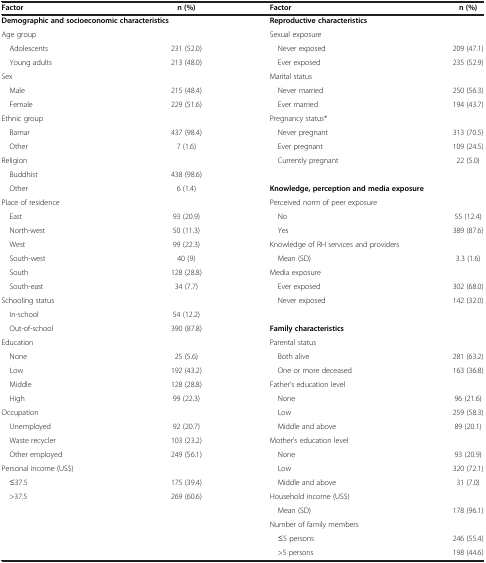
<table><thead><tr><td><b>Factor</b></td><td><b>n (%)</b></td><td><b>Factor</b></td><td><b>n (%)</b></td></tr></thead><tbody><tr><td colspan="2"><b>Demographic and socioeconomic characteristics</b></td><td><b>Reproductive characteristics</b></td><td> </td></tr><tr><td>Age group</td><td> </td><td>Sexual exposure</td><td> </td></tr><tr><td> Adolescents</td><td>231 (52.0)</td><td> Never exposed</td><td>209 (47.1)</td></tr><tr><td> Young adults</td><td>213 (48.0)</td><td> Ever exposed</td><td>235 (52.9)</td></tr><tr><td>Sex</td><td> </td><td>Marital status</td><td> </td></tr><tr><td> Male</td><td>215 (48.4)</td><td> Never married</td><td>250 (56.3)</td></tr><tr><td> Female</td><td>229 (51.6)</td><td> Ever married</td><td>194 (43.7)</td></tr><tr><td>Ethnic group</td><td> </td><td>Pregnancy status*</td><td> </td></tr><tr><td> Bamar</td><td>437 (98.4)</td><td> Never pregnant</td><td>313 (70.5)</td></tr><tr><td> Other</td><td>7 (1.6)</td><td> Ever pregnant</td><td>109 (24.5)</td></tr><tr><td>Religion</td><td> </td><td> Currently pregnant</td><td>22 (5.0)</td></tr><tr><td> Buddhist</td><td>438 (98.6)</td><td colspan="2"> </td></tr><tr><td> Other</td><td>6 (1.4)</td><td colspan="2"><b>Knowledge, perception and media exposure</b></td></tr><tr><td>Place of residence</td><td> </td><td>Perceived norm of peer exposure</td><td> </td></tr><tr><td> East</td><td>93 (20.9)</td><td> No</td><td>55 (12.4)</td></tr><tr><td> North-west</td><td>50 (11.3)</td><td> Yes</td><td>389 (87.6)</td></tr><tr><td> West</td><td>99 (22.3)</td><td>Knowledge of RH services and providers</td><td> </td></tr><tr><td> South-west</td><td>40 (9)</td><td> Mean (SD)</td><td>3.3 (1.6)</td></tr><tr><td> South</td><td>128 (28.8)</td><td>Media exposure</td><td> </td></tr><tr><td> South-east</td><td>34 (7.7)</td><td> Ever exposed</td><td>302 (68.0)</td></tr><tr><td>Schooling status</td><td> </td><td> Never exposed</td><td>142 (32.0)</td></tr><tr><td> In-school</td><td>54 (12.2)</td><td> </td><td> </td></tr><tr><td> Out-of-school</td><td>390 (87.8)</td><td><b>Family characteristics</b></td><td> </td></tr><tr><td>Education</td><td> </td><td>Parental status</td><td> </td></tr><tr><td> None</td><td>25 (5.6)</td><td> Both alive</td><td>281 (63.2)</td></tr><tr><td> Low</td><td>192 (43.2)</td><td> One or more deceased</td><td>163 (36.8)</td></tr><tr><td> Middle</td><td>128 (28.8)</td><td>Father&#x27;s education level</td><td> </td></tr><tr><td> High</td><td>99 (22.3)</td><td> None</td><td>96 (21.6)</td></tr><tr><td>Occupation</td><td> </td><td> Low</td><td>259 (58.3)</td></tr><tr><td> Unemployed</td><td>92 (20.7)</td><td> Middle and above</td><td>89 (20.1)</td></tr><tr><td> Waste recycler</td><td>103 (23.2)</td><td>Mother&#x27;s education level</td><td> </td></tr><tr><td> Other employed</td><td>249 (56.1)</td><td> None</td><td>93 (20.9)</td></tr><tr><td>Personal income (US$)</td><td> </td><td> Low</td><td>320 (72.1)</td></tr><tr><td> ≤37.5</td><td>175 (39.4)</td><td> Middle and above</td><td>31 (7.0)</td></tr><tr><td> &gt;37.5</td><td>269 (60.6)</td><td>Household income (US$)</td><td> </td></tr><tr><td> </td><td> </td><td> Mean (SD)</td><td>178 (96.1)</td></tr><tr><td> </td><td> </td><td>Number of family members</td><td> </td></tr><tr><td> </td><td> </td><td> ≤5 persons</td><td>246 (55.4)</td></tr><tr><td> </td><td> </td><td> &gt;5 persons</td><td>198 (44.6)</td></tr></tbody></table>